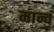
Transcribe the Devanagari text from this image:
मान्व